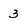
Character: 3